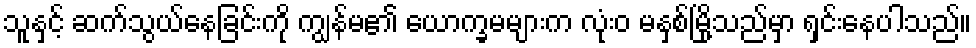
သူနှင့် ဆက်သွယ်နေခြင်းကို ကျွန်မ၏ ယောက္ခမများက လုံးဝ မနှစ်မြို့သည်မှာ ရှင်းနေပါသည်။